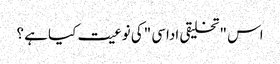
اس "تخلیقی اداسی "کی نوعیت کیا ہے ؟